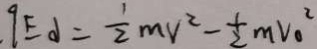
. q E \alpha = \frac { 1 } { 2 } m V ^ { 2 } - \frac { 1 } { 2 } m V ^ { 2 } _ { 0 }